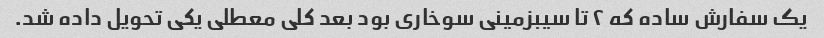
یک سفارش ساده که ۲ تا سیبزمینی سوخاری بود بعد کلی معطلی یکی تحویل داده شد.